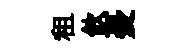
租飮憂